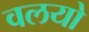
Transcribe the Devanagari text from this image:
वलयो